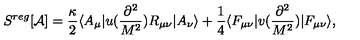
S ^ { r e g } [ { \mathcal A } ] = \frac { \kappa } { 2 } \langle A _ { \mu } | u ( \frac { \partial ^ { 2 } } { M ^ { 2 } } ) R _ { \mu \nu } | A _ { \nu } \rangle + \frac { 1 } { 4 } \langle F _ { \mu \nu } | v ( \frac { \partial ^ { 2 } } { M ^ { 2 } } ) | F _ { \mu \nu } \rangle ,